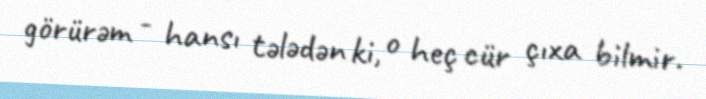
görürəm - hansı tələdən ki, o heç cür çıxa bilmir.